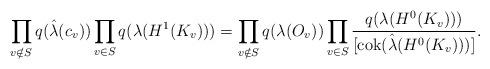
LaTeX: \begin{align*}\prod_{v\notin S}{q(\hat{\lambda}(c_v))}\prod_{v\in S}{q({\lambda}(H^1(K_v)))}=\prod_{v\notin S}{q({\lambda}(O_v))}\prod_{v\in S}\frac{q({\lambda}(H^0(K_v)))}{{[\mathrm{cok}(\hat{\lambda}(H^0(K_v)))]}}.\end{align*}